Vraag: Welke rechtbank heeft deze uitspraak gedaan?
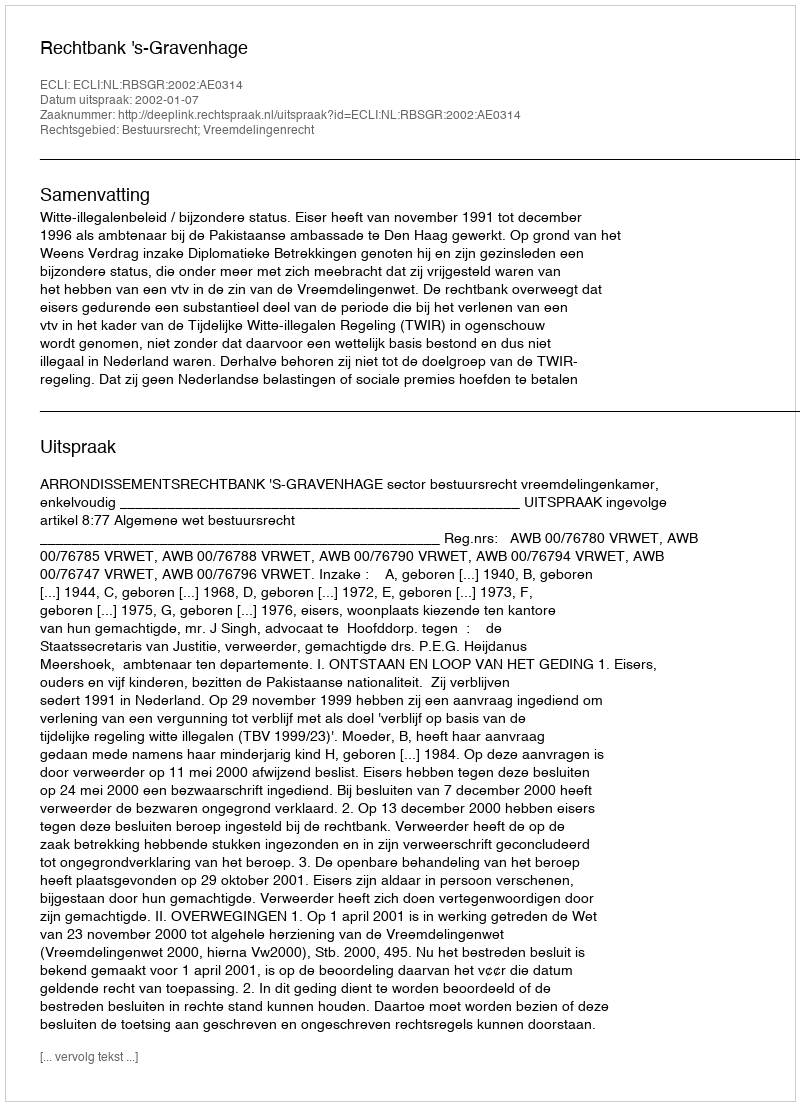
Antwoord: Rechtbank 's-Gravenhage